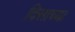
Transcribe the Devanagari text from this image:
दिसाच्या